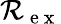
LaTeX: \mathcal R_{\mathrm{~e~x~}}